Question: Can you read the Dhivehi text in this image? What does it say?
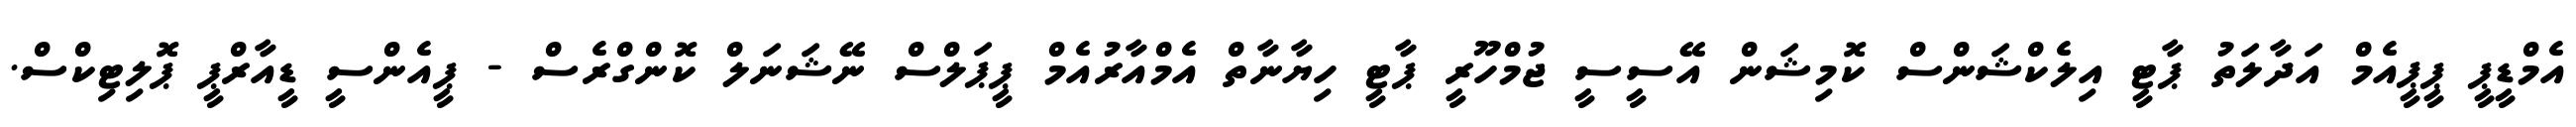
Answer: އެމްޑީޕީ ޕީޕީއެމް އަދާލަތު ޕާޓީ އިލެކްޝަންސް ކޮމިޝަން އޭސީސީ ޖުމްހޫރީ ޕާޓީ ހިޔާނާތް އެމްއާރުއެމް ޕީޕަލްސް ނޭޝަނަލް ކޮންގްރެސް - ޕީއެންސީ ޑީއާރްޕީ ޕޮލިޓިކްސް.